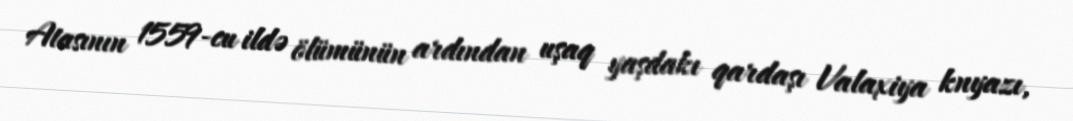
Atasının 1559-cu ildə ölümünün ardından uşaq yaşdakı qardaşı Valaxiya knyazı,